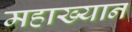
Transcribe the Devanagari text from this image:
महाख्यान